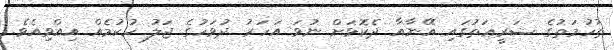
ތުހުމަތުގެ ޝަރީޢަތުގައި އޭނާއާ ދެކޮޅަށް ނުވަ އަހަރު ދުވަހުގެ ޖަލު ހުކުމެއް އިއްވިއެވެ.